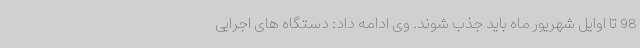
98 تا اوایل شهریور ماه باید جذب شوند. وی ادامه داد: دستگاه های اجرایی